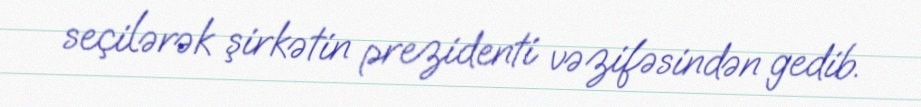
seçilərək şirkətin prezidenti vəzifəsindən gedib.